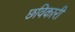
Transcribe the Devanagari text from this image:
छविकारी